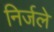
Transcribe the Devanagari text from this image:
निर्जले